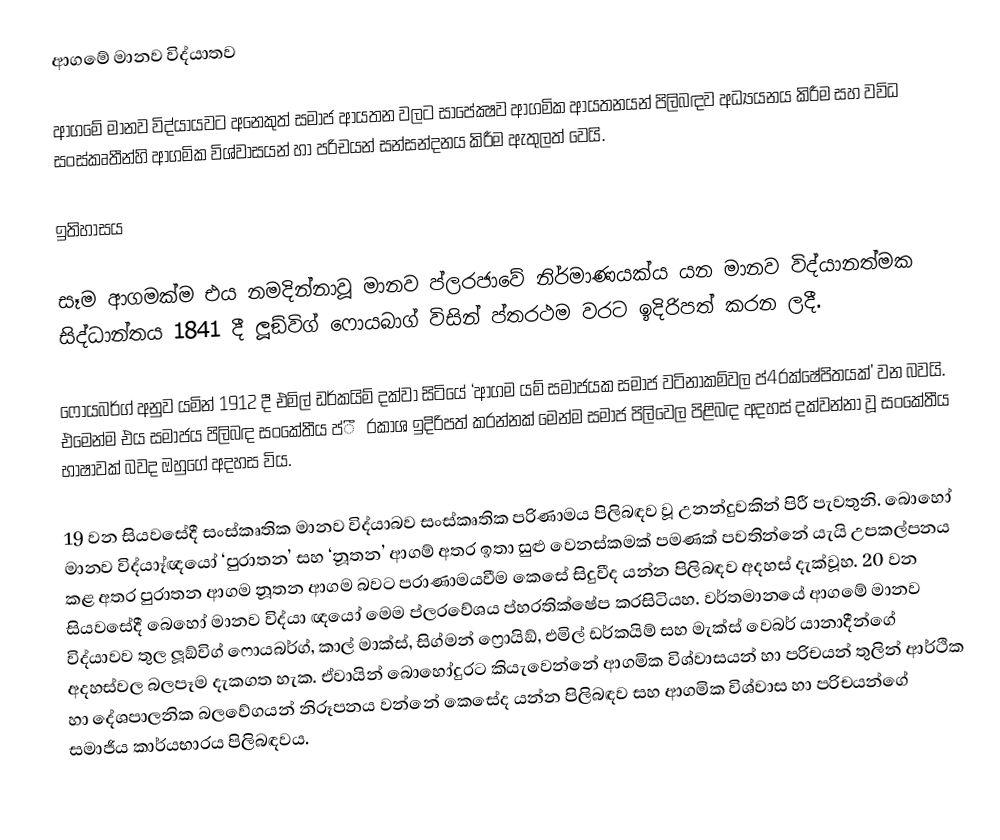
ආගමේ මානව විද්යාතව

ආගමේ මානව විද්යායවට අනෙකුත් සමාජ ආයතන වලට සාපේක්‍ෂව ආගමික ආයතනයන් පිලිබඳව අධ්‍යයනය කිරීම සහ වවිධ සංස්කෘතීන්හි ආගමික විශ්වාසයන් හා පරිචයන් සන්සන්දනය කිරීම ඇතුලත් වෙයි.

ඉතිහාසය

සෑම ආගමක්ම එය නමදින්නාවූ මානව ප්ල‍රජාවේ නිර්මාණයක්ය යන මානව විද්යානත්මක සිද්ධාන්තය 1841 දී ලූඞ්විග් ෆොයබාග් විසින් ප්ත‍රථම වරට ඉදිරිපත් කරන ලදී.

ෆොයබර්ග් අනුව යමින් 1912 දී එමිල් ඩර්කයිම් දක්වා සිටියේ ‘ආගම යම් සමාජයක සමාජ වටිනාකම්වල ප්4‍රක්ෂේපිතයක්’ වන බවයි. එමෙන්ම එය සමාජය පිලිබඳ සංකේතීය ප්ී‍රකාශ ඉදිරිපත් කරන්නක් මෙන්ම සමාජ පිලිවෙල පිළිබඳ අදහස් දක්වන්නා වූ සංකේතීය භාෂාවක් බවද ඔහුගේ අදහස විය.

19 වන සියවසේදී සංස්කෘතික මානව විද්යාබව සංස්කෘතික පරිණාමය පිලිබඳව වූ උනන්දුවකින් පිරී පැවතුනි. බොහෝ මානව විද්යාෑ්‍ඥයෝ ‘පුරාතන’ සහ ‘නූතන’ ආගම් අතර ඉතා සුළු වෙනස්කමක් පමණක් පවතින්නේ යැයි උපකල්පනය කළ අතර පුරාතන ආගම නූතන ආගම බවට පරාණාමයවීම කෙසේ සිදුවීද යන්න පිලිබඳව අදහස් දැක්වූහ. 20 වන සියවසේදී බෙහෝ මානව විද්යා ඥයෝ මෙම ප්ල‍රවේශය ප්හ‍රතික්ෂේප කරසිටියහ. වර්තමානයේ ආගමේ මානව විද්යාවව තුල ලූඞ්විග් ෆොයබර්ග්, කාල් මාක්ස්, සිග්මන් ෆ්‍රොයිඞ්, එමිල් ඩර්කයිම් සහ මැක්ස් වෙබර්  යානාදීන්ගේ අදහස්වල බලපෑම දැකගත හැක. ඒවායින් බොහෝදුරට කියැවෙන්නේ ආගමික විශ්වාසයන් හා පරිචයන් තුලින් ආර්ථික හා දේශපාලනික බලවේගයන් නිරූපනය වන්නේ කෙසේද යන්න පිලිබඳව සහ ආගමික විශ්වාස හා පරිචයන්ගේ සමාජීය කාර්යභාරය පිලිබඳවය.